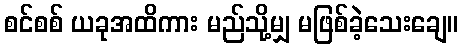
စင်စစ် ယခုအထိကား မည်သို့မျှ မဖြစ်ခဲ့သေးချေ။